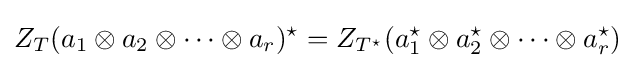
Z_{T}(a_{1}\otimes a_{2}\otimes \cdots \otimes a_{r})^{\star }=Z_{T^{\star }}(a_{1}^{\star }\otimes a_{2}^{\star }\otimes \cdots \otimes a_{r}^{\star })